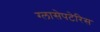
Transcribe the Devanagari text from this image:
ग्लासेपटेरिस